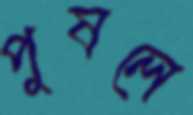
পুষলে